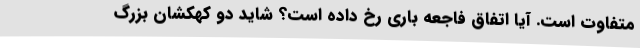
متفاوت است. آیا اتفاق فاجعه باری رخ داده است؟ شاید دو کهکشان بزرگ